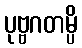
ပုဗ္ဗဂတမ္ပိ